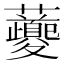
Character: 𧅄